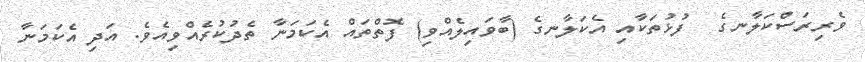
ވެރިރަސްކަލާނގެ  ފުޅުތަކާއި އެކަލާނގެ (ބާވައިލެއްވި) ފޮތްތައް އެކަމަނާ ތެދުކުރެއްވިއެވެ. އަދި އެކަމަނާ